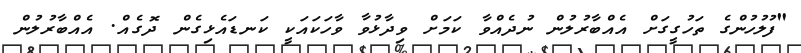
"ފުލުހުންގެ ތަހުގީގަށް އެއްބާރުލުން ނުދެއްވާ ކަމަށް ވިދާޅުވާ ވާހަކައަކީ ކަނޑައެޅިގެން ދޮގެއް. އެއްބާރުލުން